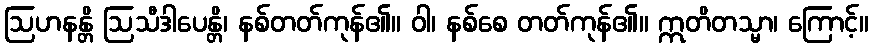
ဩဟနန္တိ ဩသီဒါပေန္တိ၊ နစ်တတ်ကုန်၏။ ဝါ၊ နစ်စေ တတ်ကုန်၏။ ဣတိတသ္မာ၊ ကြောင့်။